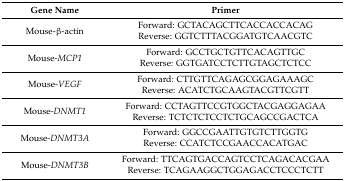
| Gene Name | Primer |
 | --- | --- |
 | Mouse-β-actin | Forward: GCTACAGCTTCACCACCACAGReverse: GGTCTTTACGGATGTCAACGTC |
 | Mouse-MCP1 | Forward: GCCTGCTGTTCACAGTTGCReverse: GGTGATCCTCTTGTAGCTCTCC |
 | Mouse-VEGF | Forward: CTTGTTCAGAGCGGAGAAAGCReverse: ACATCTGCAAGTACGTTCGTT |
 | Mouse-DNMT1 | Forward: CCTAGTTCCGTGGCTACGAGGAGAAReverse: TCTCTCTCCTCTGCAGCCGACTCA |
 | Mouse-DNMT3A | Forward: GGCCGAATTGTGTCTTGGTGReverse: CCATCTCCGAACCACATGAC |
 | Mouse-DNMT3B | Forward: TTCAGTGACCAGTCCTCAGACACGAAReverse: TCAGAAGGCTGGAGACCTCCCTCTT |